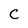
Character: C